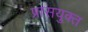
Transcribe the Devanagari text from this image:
प्रासयुक्त